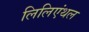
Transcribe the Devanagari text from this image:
लिलिएंथल